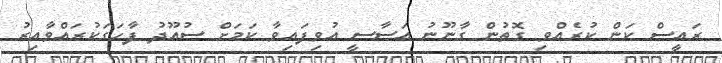
ރައީސް ކަން ކުރެއްވި ގޮތުން ގާނޫނު އަސާސީ އުވިފައިވާ ކަމަށް ސުއޫދު ފާހަގަކުރައްވާއިރު